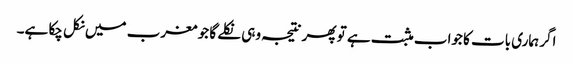
اگر ہماری بات کا جواب مثبت ہے تو پھر نتیجہ وہی نکلے گا جو مغرب میں نکل چکا ہے۔